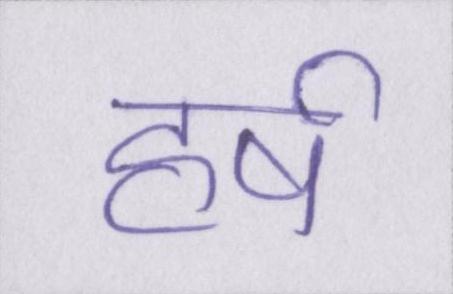
हर्ष